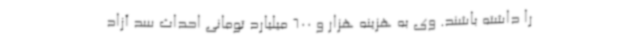
را داشته باشند. وی به هزینه هزار و 600 میلیارد تومانی احداث سد آزاد